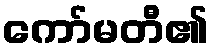
ကော်မတီ၏